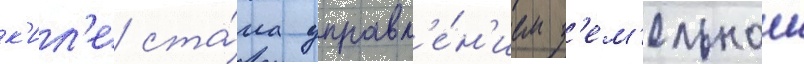
к'ил'е ста́ла управл'е́н'ием з'ем'ельнои